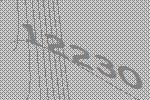
12230